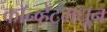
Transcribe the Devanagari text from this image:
कॉन्व्हेंटमधून